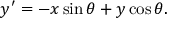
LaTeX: y ^ { \prime } = - x \sin \theta + y \cos \theta .